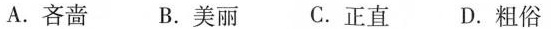
A.吝啬 B.美丽 C.正直 D.粗俗